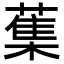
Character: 𦺴